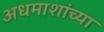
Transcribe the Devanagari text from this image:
अधमाशांच्या